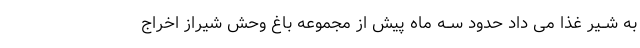
به شــیر غذا مى داد حدود ســه ماه پیش از مجموعه باغ وحش شیراز اخراج